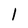
Character: 1